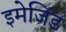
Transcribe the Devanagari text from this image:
इमेजिंड